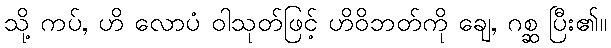
သို့ ကပ်, ဟိ လောပံ ဝါသုတ်ဖြင့် ဟိဝိဘတ်ကို ချေ, ဂစ္ဆ ပြီး၏။